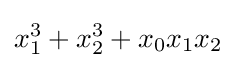
x_{1}^{3}+x_{2}^{3}+x_{0}x_{1}x_{2}